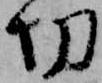
切